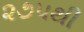
૨૭૫થી